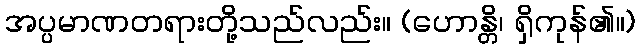
အပ္ပမာဏတရားတို့သည်လည်း။ (ဟောန္တိ၊ ရှိကုန်၏။)